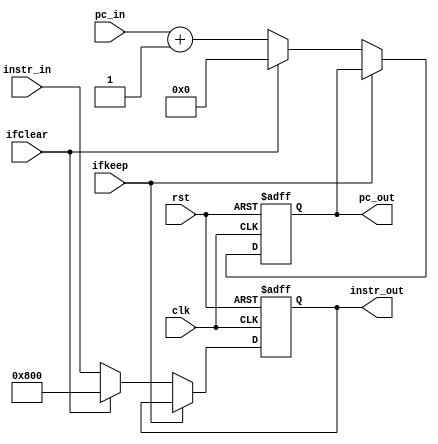
`timescale 1ns / 1ps
//////////////////////////////////////////////////////////////////////////////////
// Company: 
// Engineer: 
// 
// Design Name: 
// Module Name:    if_id 
// Project Name: 
// Target Devices: 
// Tool versions: 
// Description: 
//
// Dependencies: 
//
// Revision: 
// Revision 0.01 - File Created
// Additional Comments: 
//
//////////////////////////////////////////////////////////////////////////////////
module if_id(
	input clk,
	input rst,
	input ifkeep,
	input ifClear,
    input [15:0] pc_in,
    input [15:0] instr_in,
    output reg [15:0] pc_out,
    output reg [15:0] instr_out
    );
always @ (negedge rst or negedge clk) begin
	
	if (rst == 0) begin
		instr_out <= 16'b0000100000000000;
		pc_out <= 0;
	//ledB[7:0] <= instr_out[7:0];
	//ledA[7:0] <= instr_out[15:8];
	end
	else if(ifkeep == 1) begin 
	end
	else if(ifClear == 1) begin //else if(ifClear === 1) begin
		pc_out <= 0;
		instr_out <= 16'b0000100000000000;
	end
	else begin
	pc_out <= pc_in + 1;
	instr_out <= instr_in;
	end
end
endmodule